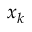
\boldsymbol { x } _ { k }